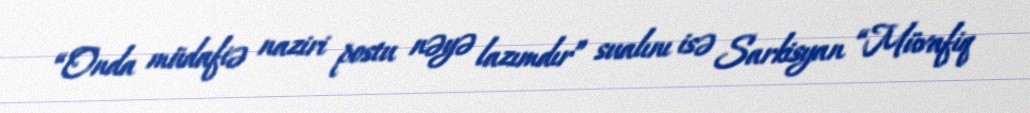
“Onda müdafiə naziri postu nəyə lazımdır” sualını isə Sarkisyan “Müvafiq